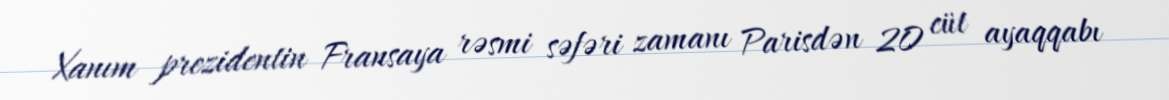
Xanım prezidentin Fransaya rəsmi səfəri zamanı Parisdən 20 cüt ayaqqabı